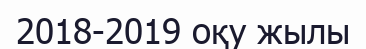
2018-2019 оқу жылы